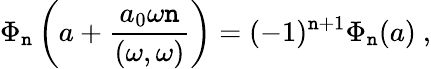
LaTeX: \Phi_{\mathtt{n}}\left(a+\frac{{a_{0}\omega\mathtt{n}}}{{(\omega,\omega)}}\right)=(-1)^{\mathtt{n}+1}\Phi_{\mathtt{n}}(a)\ ,